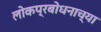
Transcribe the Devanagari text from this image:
लोकप्रबोधनाच्या